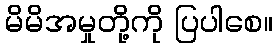
မိမိအမှုတို့ကို ပြပါစေ။